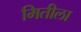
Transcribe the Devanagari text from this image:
मितीला